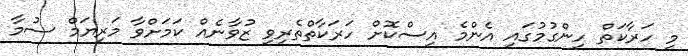
މި ހަރާކަތް ހިންގުމުގައި އެންމެ އިސްކޮށް ހަރަކާތްތެރިވި ޒުވާނެއް ކަމަށްވާ މަރިޔަމް ސުމާ